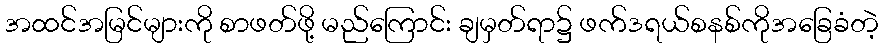
အထင်အမြင်များကို စာဖတ်ဖို့ မည်ကြောင်း ချမှတ်ရာ၌ ဖက်ဒရယ်စနစ်ကိုအခြေခံတဲ့